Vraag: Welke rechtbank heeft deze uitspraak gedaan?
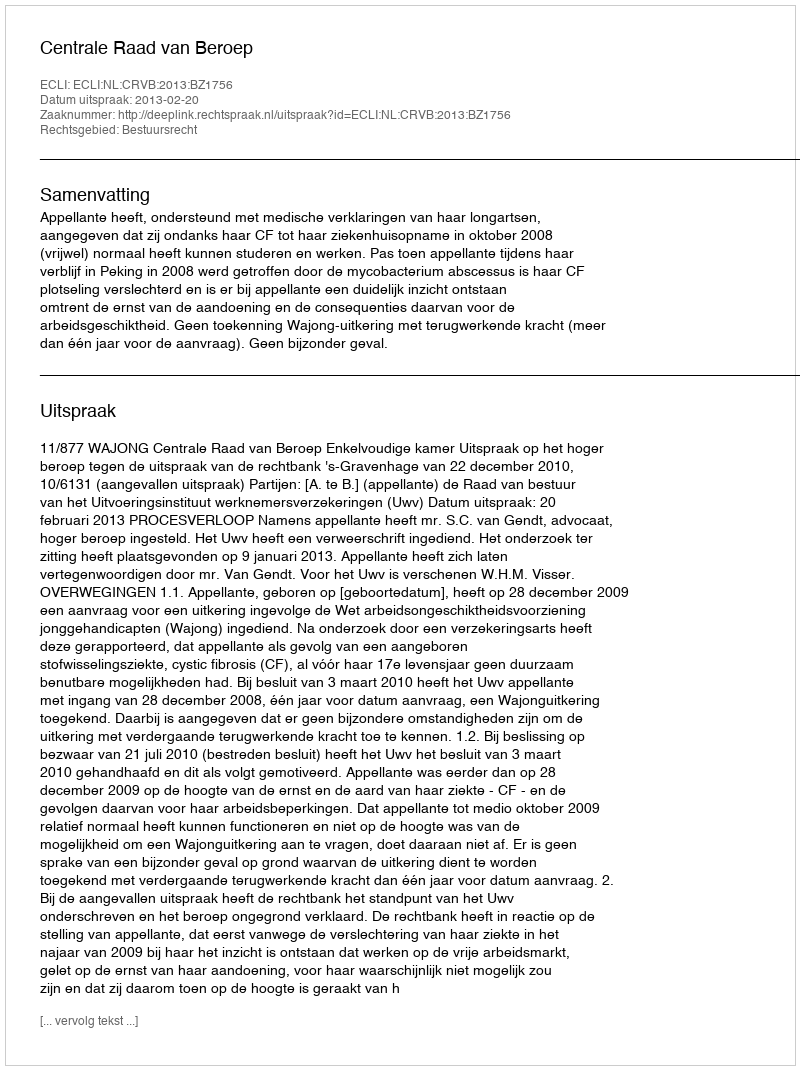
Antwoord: Centrale Raad van Beroep